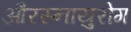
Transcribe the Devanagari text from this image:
औरस्नायुरोग